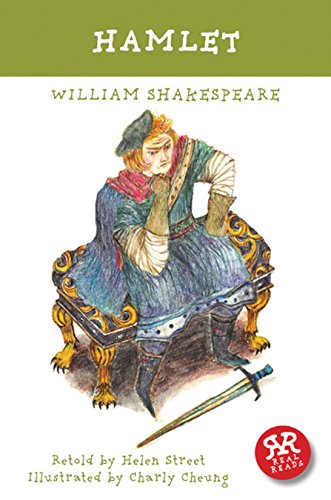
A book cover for Hamlet (William Shakespeare); William Shakespeare; Literature & Fiction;